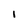
Character: l